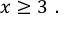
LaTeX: ~ x \geq 3 ~ .